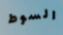
السوط